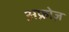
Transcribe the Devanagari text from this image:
अफ्रोज़